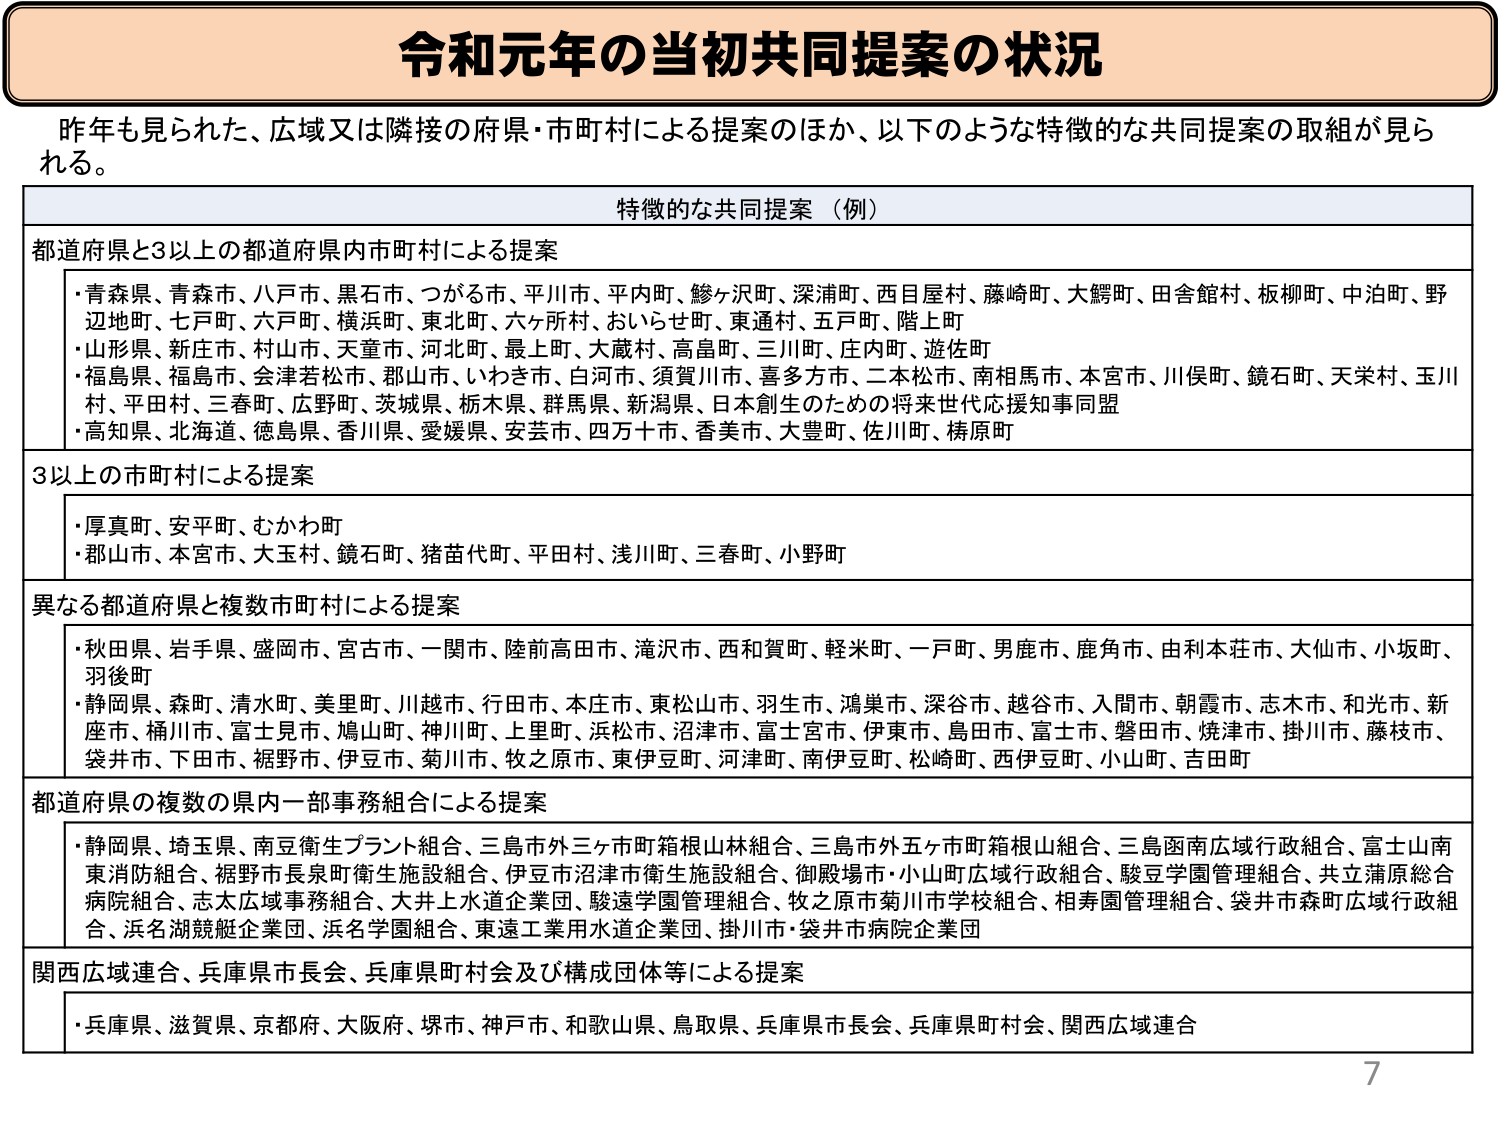
令和元年の当初共同提案の状況

昨年も見られた、広域又は隣接の府県・市町村による提案のほか、以下のような特徴的な共同提案の取組が見られる。

特徴的な共同提案（例）

都道府県と3以上の都道府県内市町村による提案
・青森県、青森市、八戸市、黒石市、つがる市、平川市、平内町、鰺ヶ沢町、深浦町、西目屋村、藤崎町、大鰐町、田舎館村、板柳町、中泊町、野辺地町、七戸町、六戸町、横浜町、東北町、六ヶ所村、おいらせ町、東通村、五戸町、階上町
・山形県、新庄市、村山市、天童市、河北町、最上町、大蔵村、高畠町、三川町、庄内町、遊佐町
・福島県、福島市、会津若松市、郡山市、いわき市、白河市、須賀川市、喜多方市、二本松市、南相馬市、本宮市、川俣町、鏡石町、天栄村、玉川村、平田村、三春町、広野町、茨城県、栃木県、群馬県、新潟県、日本創生のための将来世代応援知事同盟
・高知県、北海道、徳島県、香川県、愛媛県、安芸市、四万十市、香美市、大豊町、佐川町、梼原町

3以上の市町村による提案
・厚真町、安平町、むかわ町
・郡山市、本宮市、大玉村、鏡石町、猪苗代町、平田村、浅川町、三春町、小野町

異なる都道府県と複数市町村による提案
・秋田県、岩手県、盛岡市、宮古市、一関市、陸前高田市、滝沢市、西和賀町、軽米町、一戸町、男鹿市、鹿角市、由利本荘市、大仙市、小坂町、羽後町
・静岡県、森町、清水町、美里町、川越市、行田市、本庄市、東松山市、羽生市、鴻巣市、深谷市、越谷市、入間市、朝霞市、志木市、和光市、新座市、桶川市、富士見市、鳩山町、神川町、上里町、浜松市、沼津市、富士宮市、伊東市、島田市、富士市、磐田市、焼津市、掛川市、藤枝市、袋井市、下田市、裾野市、伊豆市、菊川市、牧之原市、東伊豆町、河津町、南伊豆町、松崎町、西伊豆町、小山町、吉田町

都道府県の複数の県内一部事務組合による提案
・静岡県、埼玉県、南豆衛生プラント組合、三島市外三ヶ市町箱根山林組合、三島市外五ヶ市町箱根山組合、三島函南広域行政組合、富士山南東消防組合、裾野市長泉町衛生施設組合、伊豆市沼津市衛生施設組合、御殿場市・小山町広域行政組合、駿豆学園管理組合、共立蒲原総合病院組合、志太広域事務組合、大井上水道企業団、駿遠学園管理組合、牧之原市菊川市学校組合、相寿園管理組合、袋井市森町広域行政組合、浜名湖競艇企業団、浜名学園組合、東遠工業用水道企業団、掛川市・袋井市病院企業団

関西広域連合、兵庫県市長会、兵庫県町村会及び構成団体等による提案
・兵庫県、滋賀県、京都府、大阪府、堺市、神戸市、和歌山県、鳥取県、兵庫県市長会、兵庫県町村会、関西広域連合

7